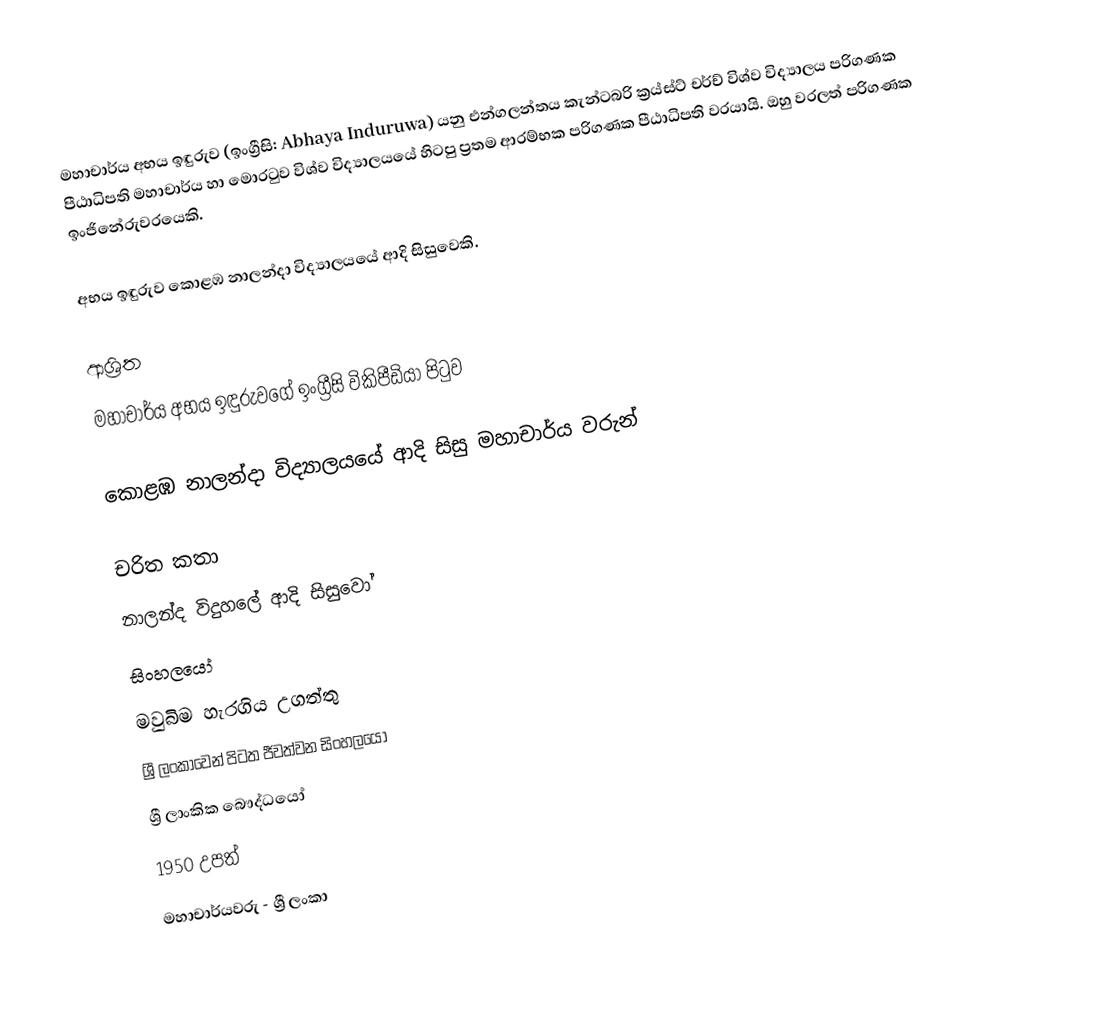
මහාචාර්ය අභය ඉඳුරුව (ඉංග්‍රීසි: Abhaya Induruwa) යනු   එන්ගලන්තය කැන්ටබරි ක්‍රය්ස්ට් චර්ච් විශ්ව විද්‍යාලය පරිගණක පීඨාධිපති මහාචාර්ය  හා මොරටුව විශ්ව විද්‍යාලයයේ හිටපු ප්‍රතම ආරම්භක පරිගණක පීඨාධිපති වරයායි. ඔහු වරලත් පරිගණක ඉංජිනේරුවරයෙකි.

අභය ඉඳුරුව  කොළඹ නාලන්දා විද්‍යාලයයේ ආදි සිසුවෙකි.

ආශ්‍රිත
  මහාචාර්ය අභය ඉඳුරුවගේ ඉංග්‍රීසි විකිපීඩියා පිටුව

 කොළඹ නාලන්දා විද්‍යාලයයේ ආදි සිසු මහාචාර්ය වරුන්

චරිත කතා
නාලන්ද විදුහලේ ආදි සිසුවෝ
සිංහලයෝ
මවුබිම හැරගිය උගත්තු
ශ්‍රී ලංකාවෙන්  පිටත ජීවත්වන සිංහලයෝ
ශ්‍රී ලාංකික බෞද්ධයෝ
1950 උපත්
මහාචාර්යවරු - ශ්‍රී ලංකා